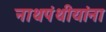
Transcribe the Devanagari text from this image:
नाथपंथीयांना